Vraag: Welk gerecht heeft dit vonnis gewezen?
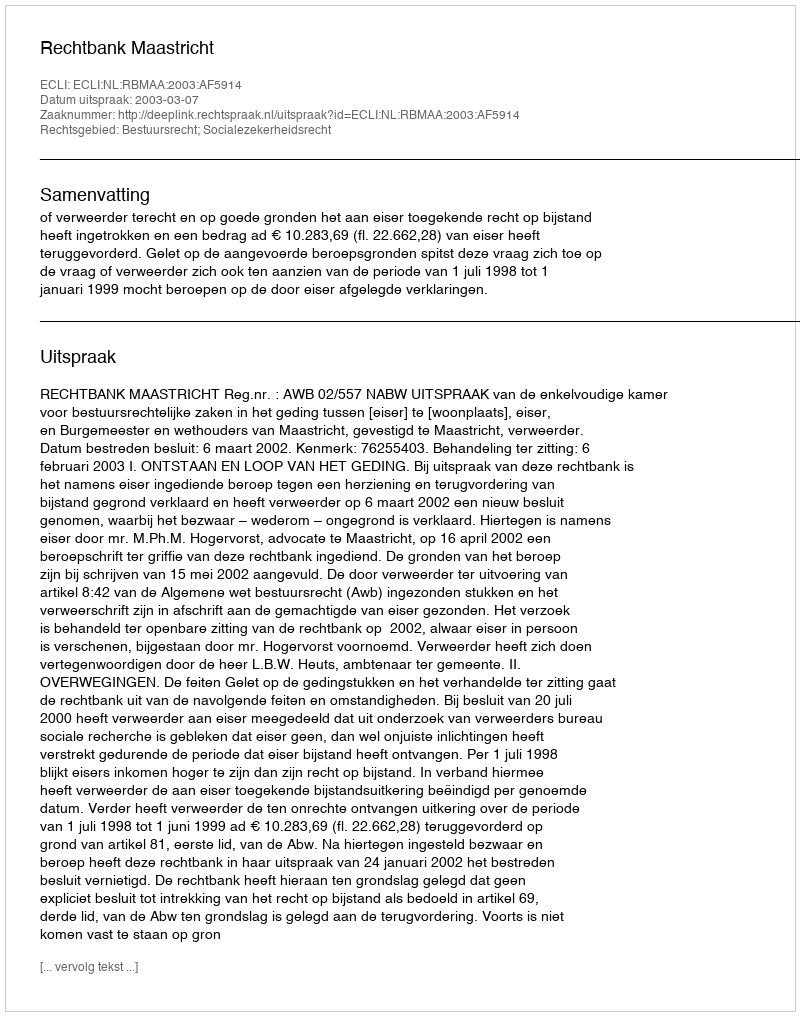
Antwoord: Rechtbank Maastricht